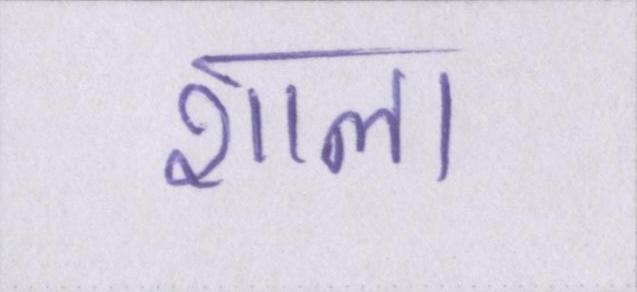
शाला